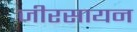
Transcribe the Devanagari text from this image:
जीरसायन